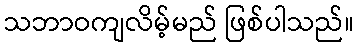
သဘာဝကျလိမ့်မည် ဖြစ်ပါသည်။